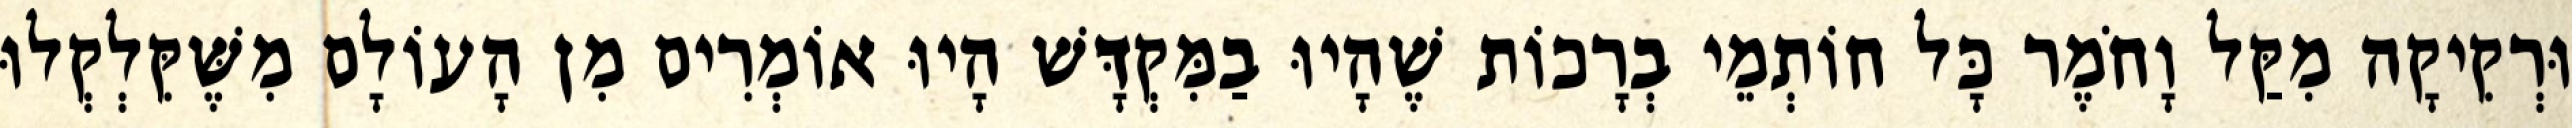
וּרְקִיקָה מִקַּל וָחֹמֶר כָּל חוֹתְמֵי בְרָכוֹת שֶׁהָיוּ בַמִּקְדָּשׁ הָיוּ אוֹמְרִים מִן הָעוֹלָם מִשֶּׁקִּלְקְלוּ